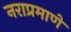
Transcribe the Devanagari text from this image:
नराप्रमाणे